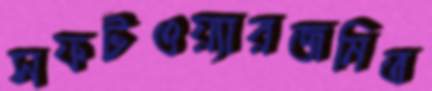
সফটওয়্যারজনিত